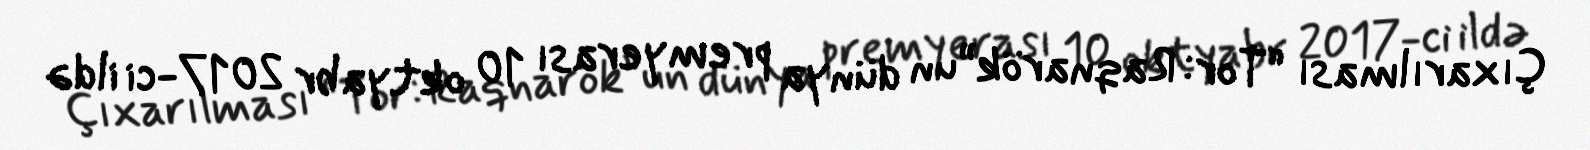
Çıxarılması “Tor: Raqnarök”un dünya premyerası 10 oktyabr 2017-ci ildə